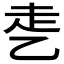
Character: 𰁁